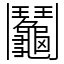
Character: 鬮